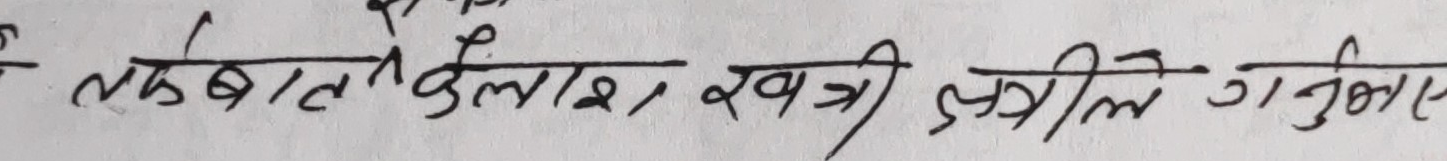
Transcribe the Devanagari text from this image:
लबाल के लास, खत्री डलीले ननुलाए